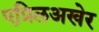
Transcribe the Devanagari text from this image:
एप्रिलअखेर